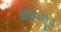
મારઝૂડ